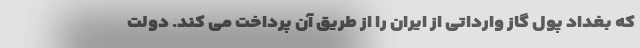
که بغداد پول گاز وارداتی از ایران را از طریق آن پرداخت می کند. دولت